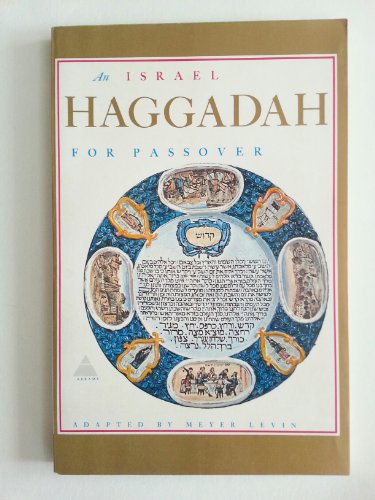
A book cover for An Israel Haggadah for Passover; Meyer Levin; Religion & Spirituality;